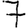
Digit: 7